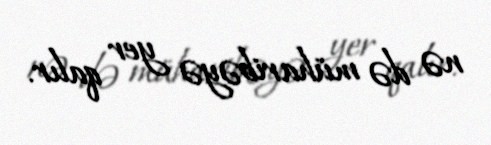
nə də müharibəyə yer qalır.